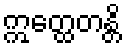
ဣတ္ထေတန္တိ